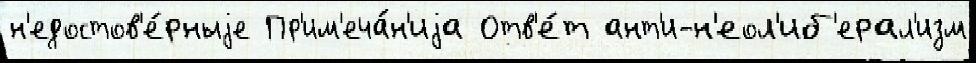
н'едостов'е́рныjе Пр'им'еча́н'иjа Отв'е́т ант'и-н'еол'иб'ерал'изм